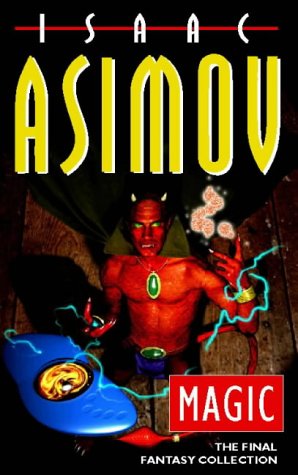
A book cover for Magic: The Final Fantasy Collection; Isaac Asimov; Science Fiction & Fantasy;